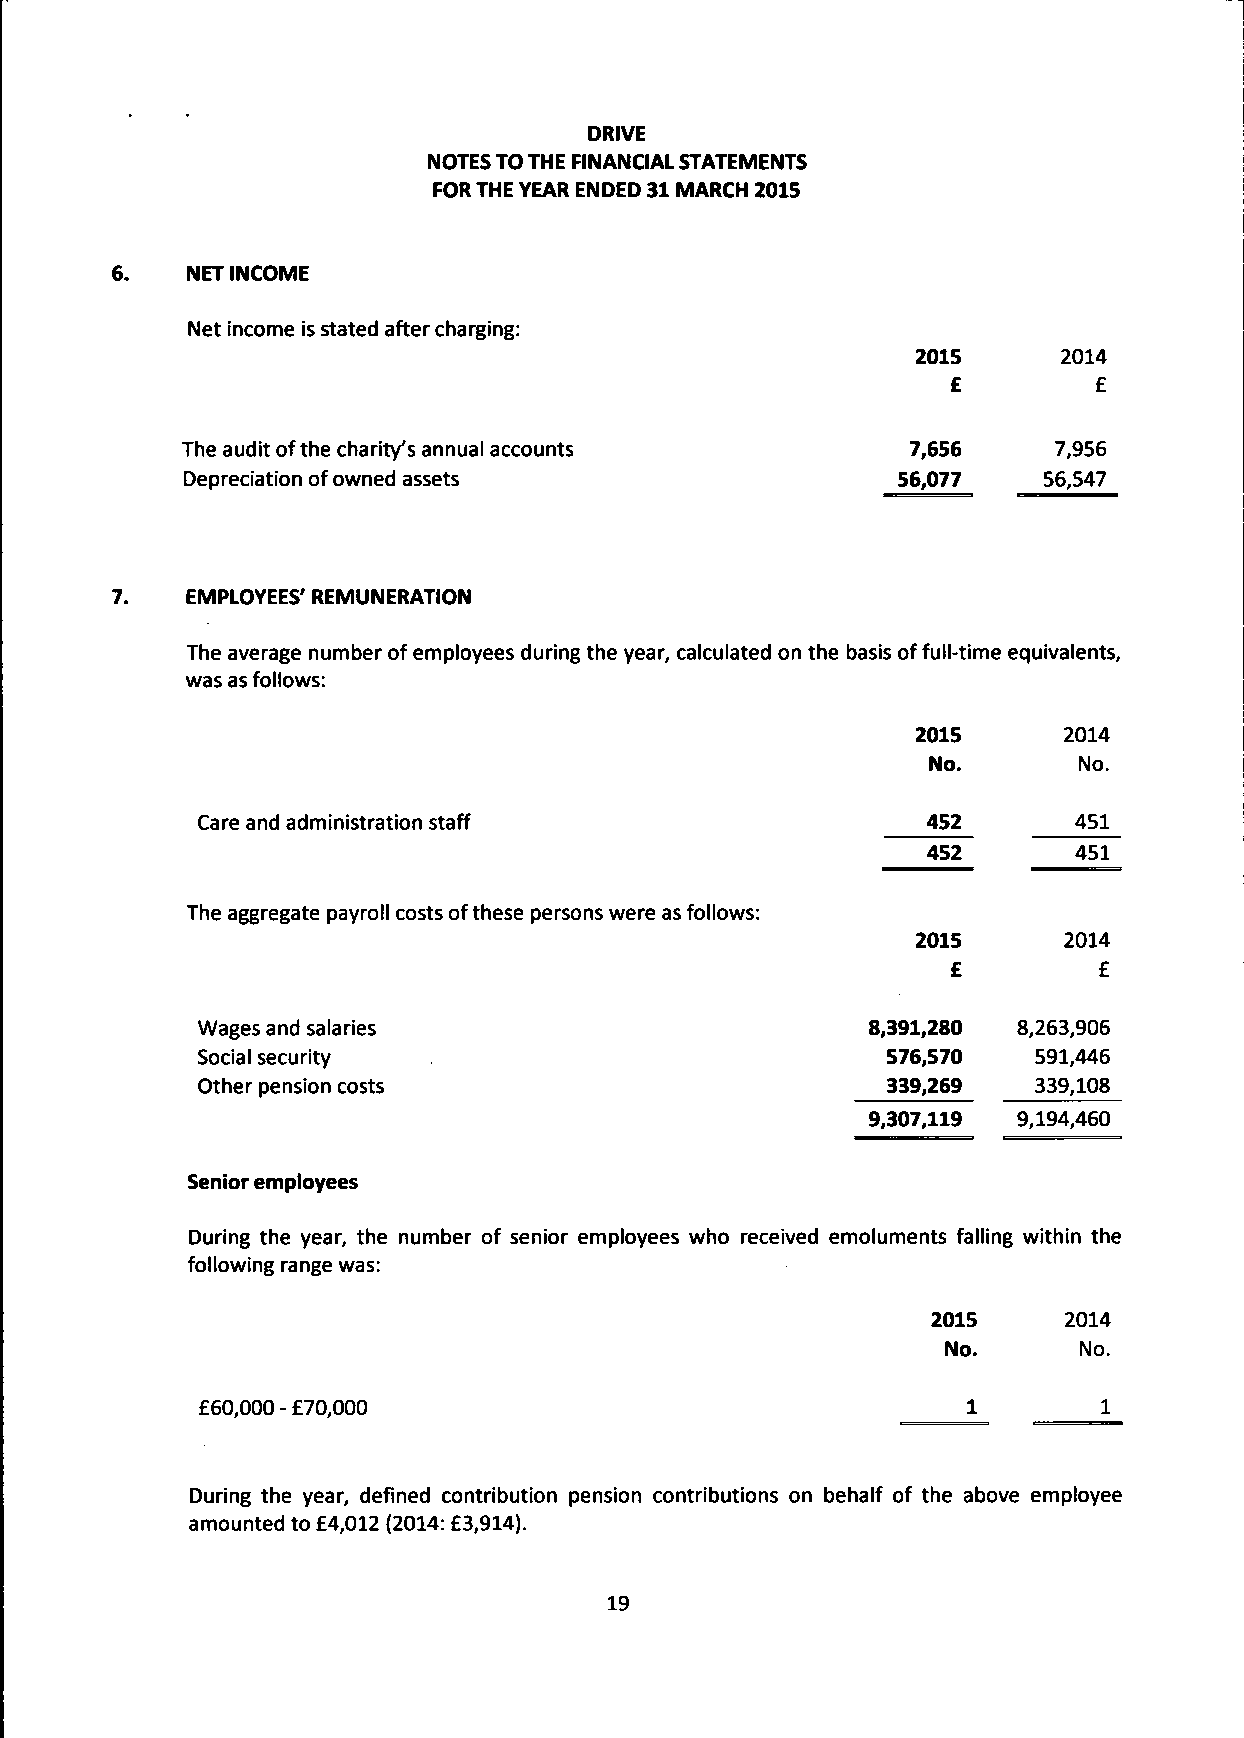
DRIVE
 NOTES TO THE FINANCIAL STATEMENTS
 FOR THE YEAR ENDED 31 MARCH 2015
 6.   NET INCOME
 Net income is stated after charging:
 2015     2014
 £        £
 The audit of the charity's annual accounts      7,656     7,956
 Depreciation of owned assets                   56,077    56,547
 7.   EMPLOYEES' REMUNERATION
 The average number of employees during the year, calculated on the basis of full-time equivalents,
 was as follows:
 2015     2014
 No.      No.
 Care and administration staff                   452       451
 452~      451
 The aggregate payroll costs of these persons were as follows:
 2015     2014
 £         £
 Wages and salaries                           8,391,280 8,263,906
 Social security                               576,570   591,446
 Other pension costs                           339,269   339,108
 9,307,119 9,194,460
 Senior employees
 During the year, the number of senior employees who received emoluments falling within the
 following range was:
 2015    2014
 No.     No.
 £60,000 - £70,000                                  1        1
 During the year, defined contribution pension contributions on behalf of the above employee
 amounted to £4,012 (2014: £3,914).
 19